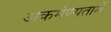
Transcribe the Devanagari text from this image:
अकर्मण्यतामें